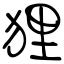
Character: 狸